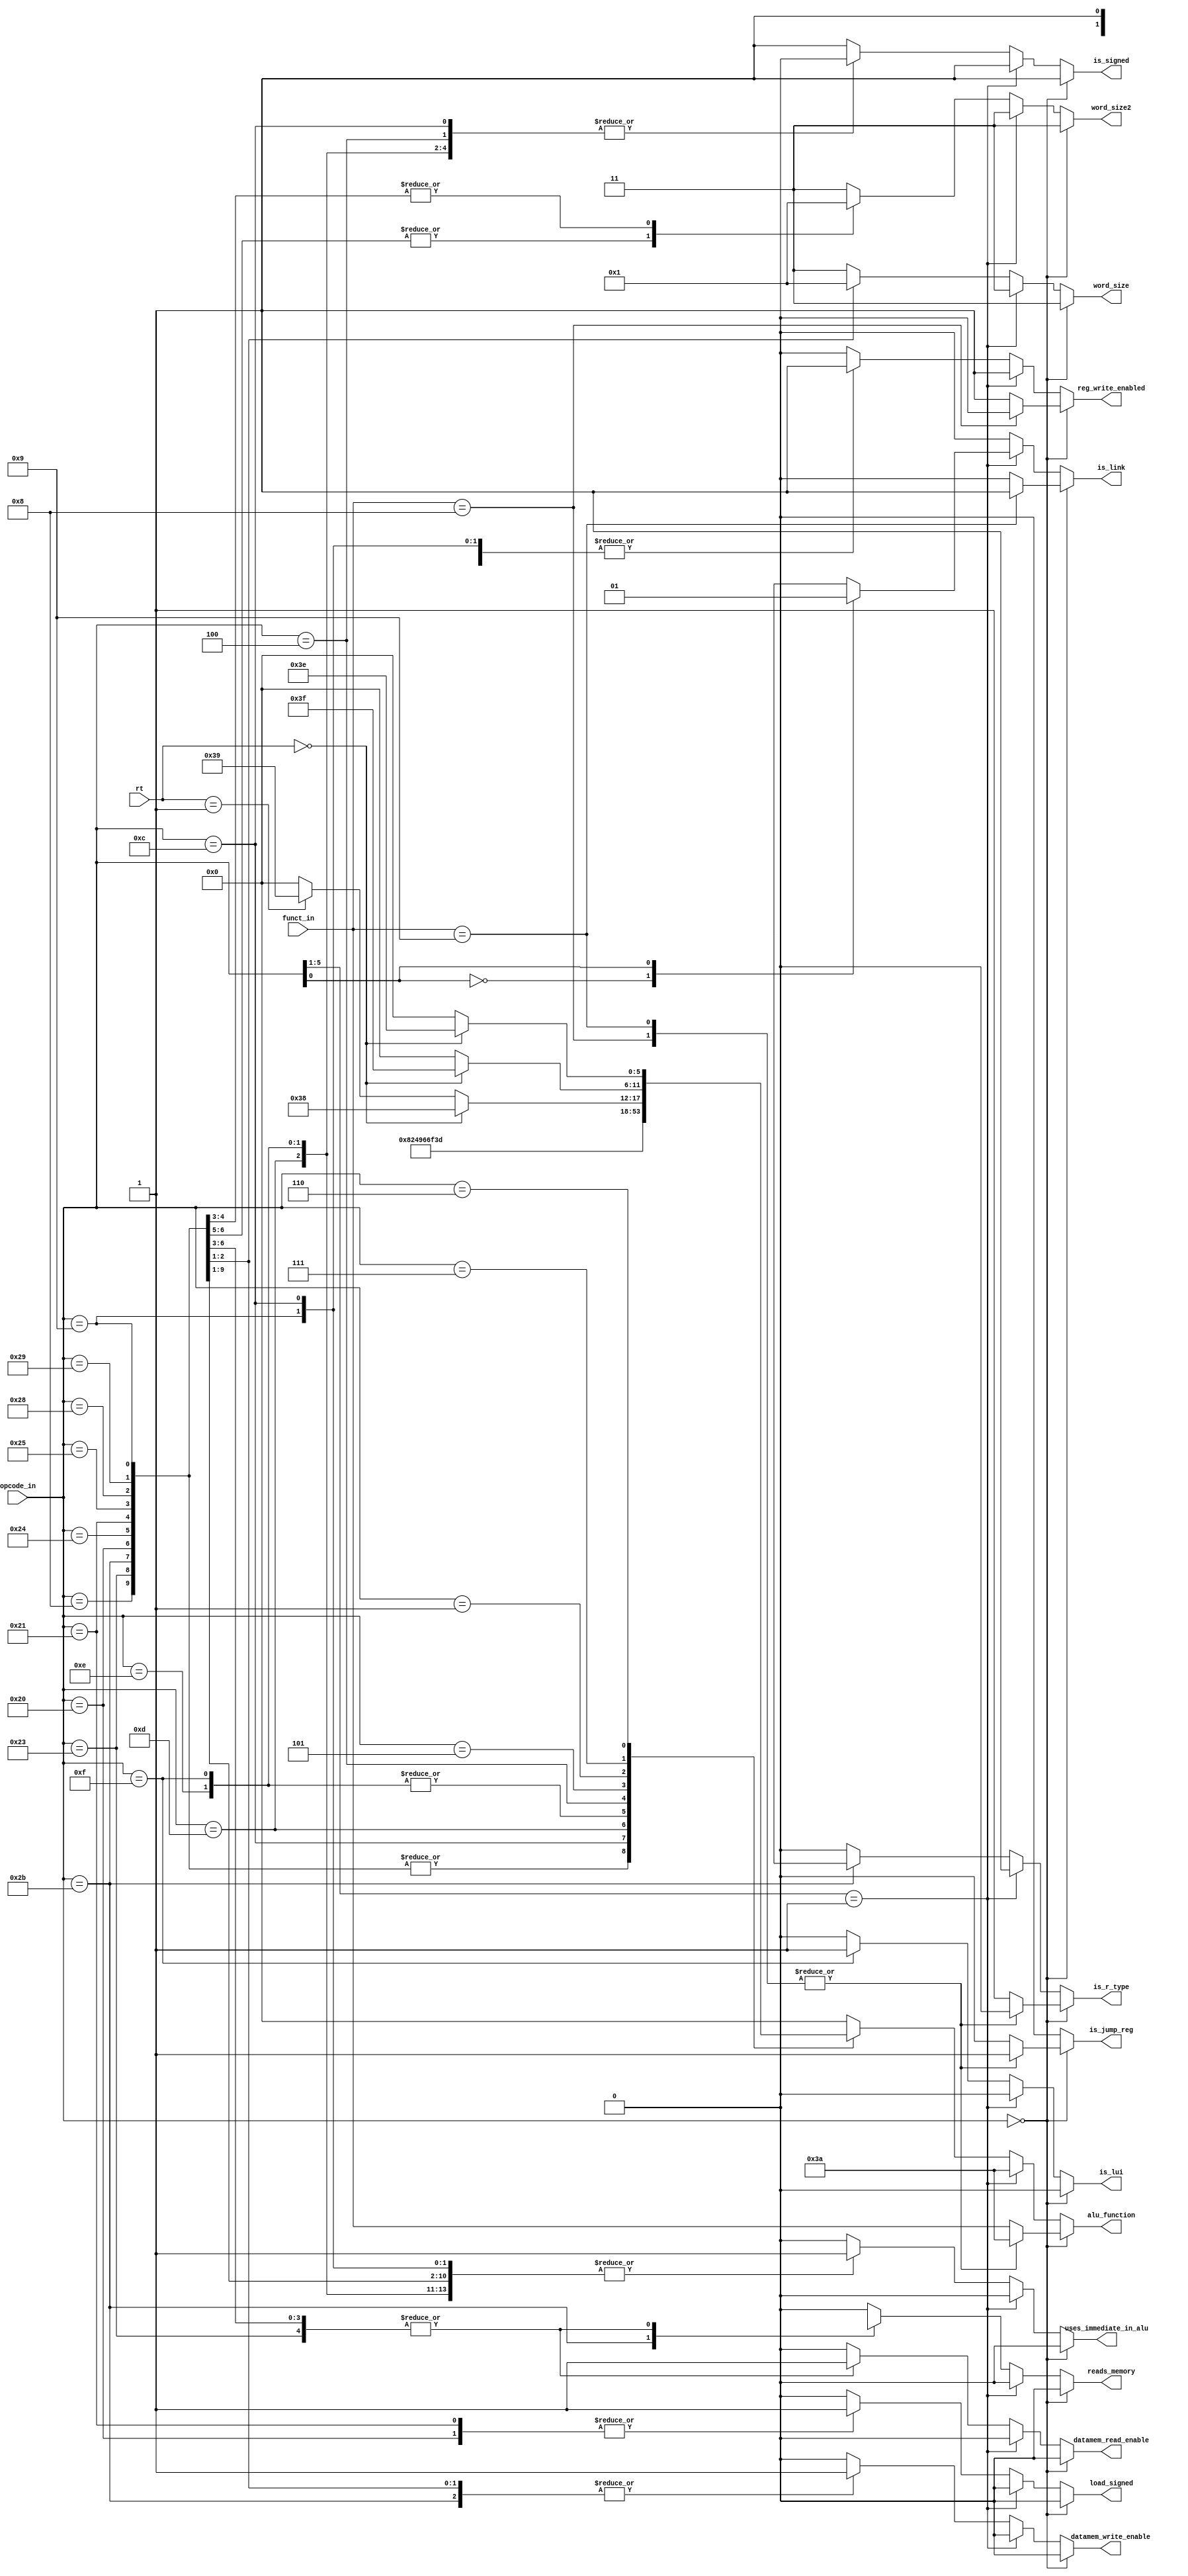
module control#(parameter W = 6)
(
	input [W-1:0] opcode_in,
	input [W-1:0] funct_in,
	input [4:0] rt,
	output reg is_r_type,
	output reg uses_immediate_in_alu,
	output reg reads_memory,
	output reg reg_write_enabled,
	output reg datamem_read_enable,
	output reg datamem_write_enable,
	output reg is_link,
	output reg[W-1:0] alu_function,
	//pat added
	output reg [1:0] word_size,
	output reg load_signed,
	output reg is_lui,
	output reg is_signed,
	output reg is_jump_reg,
	output reg [1:0] word_size2
);

	// Constants
	localparam ALU_DONT_CARE = 6'b000000;
	localparam FLAG_DONT_CARE = 1'b0;
	localparam R_TYPE = 6'd0;
	localparam J_TYPE = 5'b00001;
	localparam ADDI = 6'b001000;
	localparam ADD_FUNC = 6'b100000;
	localparam LW = 6'b100011;
	localparam SW = 6'b101011;
	
	//funcs
	localparam FBEQ = 6'b111100;
	localparam FBNE = 6'b111101;
	localparam FBLTZ= 6'b111000; 
	localparam FBGEZ= 6'b111001;
	localparam FBGTZ= 6'b111111;
	localparam FBLEZ = 6'b111110;
	localparam FJ= 6'b111010;
	localparam FANDI= 6'b100100;
	localparam FORI= 6'b100101;
	localparam FXORI= 6'b100110;
	localparam FLUI= 6'b100101;
	localparam FSLT= 6'b101110;
	localparam FSLTU= 6'b101111;
	//pat added
	localparam JARL =6'b001001;
	localparam LB = 6'b100000;
	localparam LBU= 6'b100100;
	localparam LH = 6'b100001;
	localparam LHU =6'b100101;
	localparam SB = 6'b101000;
	localparam SH = 6'b101001;
	localparam BEQ = 6'b00100;
	localparam BNE = 6'b000101;
	localparam BLTZ = 6'b000001;
	localparam BLTZ_RT= 5'b00000;
	
	localparam BGEZ= 6'b000001;
	localparam BGEZ_RT=5'b00001;
	
	localparam BLEZ= 6'b000110;
	localparam BLEZ_RT=5'b00000;

	localparam BGTZ= 6'b000111;
	localparam BGTZ_RT=5'b00000;
	localparam JR= 6'b001000;
	localparam JALR= 6'b001001;
	localparam ADDU= 6'b100001;
	localparam ADDIU= 6'b001001;
	localparam SUBU= 6'b100011;
	localparam ANDI= 6'b001100;
	localparam ORI= 6'b001101;
	localparam XORI= 6'b001110;
	localparam LUI= 6'b001111;
	localparam SLT= 6'b101010;
	localparam SLTU= 6'b101011;
	
	always @(*)
		begin
			//defaults
			reg_write_enabled = FLAG_DONT_CARE;
			alu_function = ALU_DONT_CARE;
			datamem_read_enable = FLAG_DONT_CARE;
			datamem_write_enable = FLAG_DONT_CARE;
			is_r_type = FLAG_DONT_CARE;
			uses_immediate_in_alu = FLAG_DONT_CARE;
			reads_memory = FLAG_DONT_CARE;
			is_link = FLAG_DONT_CARE;
			//pat added
			load_signed=1'b0;
			word_size=2'b11;
			is_signed=1;
			is_lui=0;
			is_jump_reg=0;
			word_size2=2'b11;
			if(opcode_in == R_TYPE)
				case(funct_in)
				JR:
					begin
                    is_jump_reg =1;
					is_link=0;
					alu_function=FJ;
					end
				JARL:
					begin
                    is_jump_reg=1;
					is_link=1;
					alu_function=FJ;
					reg_write_enabled = 1;
					end
				
				
				default:
					begin
					reg_write_enabled = 1;
					alu_function = funct_in;
					datamem_read_enable = 0;
					datamem_write_enable = 0;
					is_r_type = 1;
					uses_immediate_in_alu = 0;
					reads_memory = 0;
					end
			
				endcase
			
			else if(opcode_in[5:1] == J_TYPE)
				begin
					case(opcode_in[0])	
						1'b0:	
							begin// jump
							is_link = 0;
							reg_write_enabled = 1;
							alu_function = FJ;
							datamem_read_enable = 0;
							datamem_write_enable = 0;
							is_r_type = 1;
							uses_immediate_in_alu = 0;
							reads_memory = 0;
							end
						1'b1: // jump and link
							begin
							is_link = 1;
							reg_write_enabled = 1;
							alu_function = FJ;
							datamem_read_enable = 0;
							datamem_write_enable = 0;
							is_r_type = 1;
							uses_immediate_in_alu = 0;
							reads_memory = 0;
						
							end
					endcase
					
				end
			
			else
				begin
					case(opcode_in)
						ADDI:
							begin
							reg_write_enabled = 1;
							alu_function = ADD_FUNC;
							datamem_read_enable = 0;
							datamem_write_enable = 0;
							is_r_type = 0;
							uses_immediate_in_alu = 1;
							reads_memory = 0;
                            
							end
						LW:
							begin
							reg_write_enabled = 1;
							alu_function = ADD_FUNC;
							datamem_read_enable = 1;
							datamem_write_enable = 0;
							is_r_type = 0;
							uses_immediate_in_alu = 1;
							reads_memory = 1;
							word_size=2'b11;
							end
						SW:
							begin
							reg_write_enabled = 0;
							alu_function = ADD_FUNC;
							datamem_read_enable = 0;
							datamem_write_enable = 1;
							is_r_type = 1'bx;
							uses_immediate_in_alu = 1;
							reads_memory = 1'bx;
							word_size=2'b11;
							end
						
						LB:
							begin
							reg_write_enabled = 1;
							alu_function = ADD_FUNC;
							datamem_read_enable = 1;
							datamem_write_enable = 0;
							is_r_type = 0;
							uses_immediate_in_alu = 1;
							load_signed=1;
							reads_memory=1;
							word_size=2'b11;
							word_size2=2'b0;
							end
						LBU:
							begin
							reg_write_enabled = 1;
							alu_function = ADD_FUNC;
							datamem_read_enable = 1;
							datamem_write_enable = 0;
							is_r_type = 0;
							uses_immediate_in_alu = 1;
							load_signed=0;
							reads_memory=1;
							word_size=2'b11;
							word_size2=2'b0;
							end
						LH:
							begin
							reg_write_enabled = 1;
							alu_function = ADD_FUNC;
							datamem_read_enable = 1;
							datamem_write_enable = 0;
							is_r_type = 0;
							uses_immediate_in_alu = 1;
							load_signed=1;
							reads_memory=1;
							word_size=2'b11;
							word_size2=2'b01;
							end
						LHU:
							begin
							reg_write_enabled = 1;
							alu_function = ADD_FUNC;
							datamem_read_enable = 1;
							datamem_write_enable = 0;
							is_r_type = 0;
							uses_immediate_in_alu = 1;
							load_signed=0;
							reads_memory=1;
							word_size=2'b11;
							word_size2=2'b01;
							end
						SB:
							begin
							reg_write_enabled = 0;
							alu_function = ADD_FUNC;
							datamem_read_enable = 0;
							datamem_write_enable = 1;
							is_r_type = 0;
							uses_immediate_in_alu = 1;
							word_size= 2'b00; //from asynch mem
							reads_memory=0;
							end
						SH:
							begin
							reg_write_enabled = 0;
							alu_function = ADD_FUNC;
							datamem_read_enable = 0;
							datamem_write_enable = 1;
							is_r_type = 0;
							uses_immediate_in_alu = 1;
							word_size=2'b01; //from asynch mem
							reads_memory=0;
							end	
							
							
						ADDIU:
							begin
							reg_write_enabled = 1;
							alu_function = ADD_FUNC;
							datamem_read_enable = 0;
							datamem_write_enable = 0;
							is_r_type = 0;
							uses_immediate_in_alu = 1;
			
							reads_memory=0;
						
							end
						ANDI:
							begin
							reg_write_enabled = 1;
							alu_function = FANDI;
							datamem_read_enable = 0;
							datamem_write_enable = 0;
							is_r_type = 0;
							uses_immediate_in_alu = 1;
							
							reads_memory=0;
							is_signed=0;
							end
						ORI:
							begin
							reg_write_enabled = 1;
							alu_function = FORI;
							datamem_read_enable = 0;
							datamem_write_enable = 0;
							is_r_type = 0;
							uses_immediate_in_alu = 1;
							reads_memory=0;
							is_signed=0;
							end
						XORI:
							begin
							reg_write_enabled = 1;
							alu_function = FXORI;
							datamem_read_enable = 0;
							datamem_write_enable = 0;
							is_r_type = 0;
							uses_immediate_in_alu = 1;
							reads_memory=0;
							is_signed=0;
							end
						LUI:
							begin
							reg_write_enabled = 1;
							alu_function = FXORI;
							datamem_read_enable = 0;
							datamem_write_enable = 0;
							is_r_type = 0;
							uses_immediate_in_alu = 1;
							reads_memory=0;
							is_signed=0;
							is_lui=1;
							end
						BEQ:
							begin
							reg_write_enabled = 0;
							alu_function = FBEQ;
							datamem_read_enable = 0;
							datamem_write_enable = 0;
							is_r_type = 0;
							uses_immediate_in_alu = 0;
							reads_memory=0;
							is_signed=0;
							end
						BNE:
							begin
							alu_function = FBNE;
							end
						BLTZ:
						begin
							if(rt==5'b00000)
								begin
								alu_function = FBLTZ;
								end
							else if(rt==5'b00001)
								begin
									alu_function =FBGEZ;
								end
						end
						BGTZ:
						begin
							if(rt==5'b00000)
								alu_function=FBGTZ;
						end
					
						BLEZ:
						begin
							if(rt==5'b00000)
								alu_function=FBLEZ;
						end
						

						endcase
				end
		end
endmodule